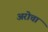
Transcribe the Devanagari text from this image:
अरोचा